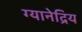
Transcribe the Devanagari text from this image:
ग्यानेद्रिय